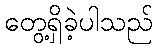
တွေ့ရှိခဲ့ပါသည်